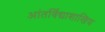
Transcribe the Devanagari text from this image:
आंतर्विद्याशाखिय